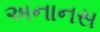
અનાનસ